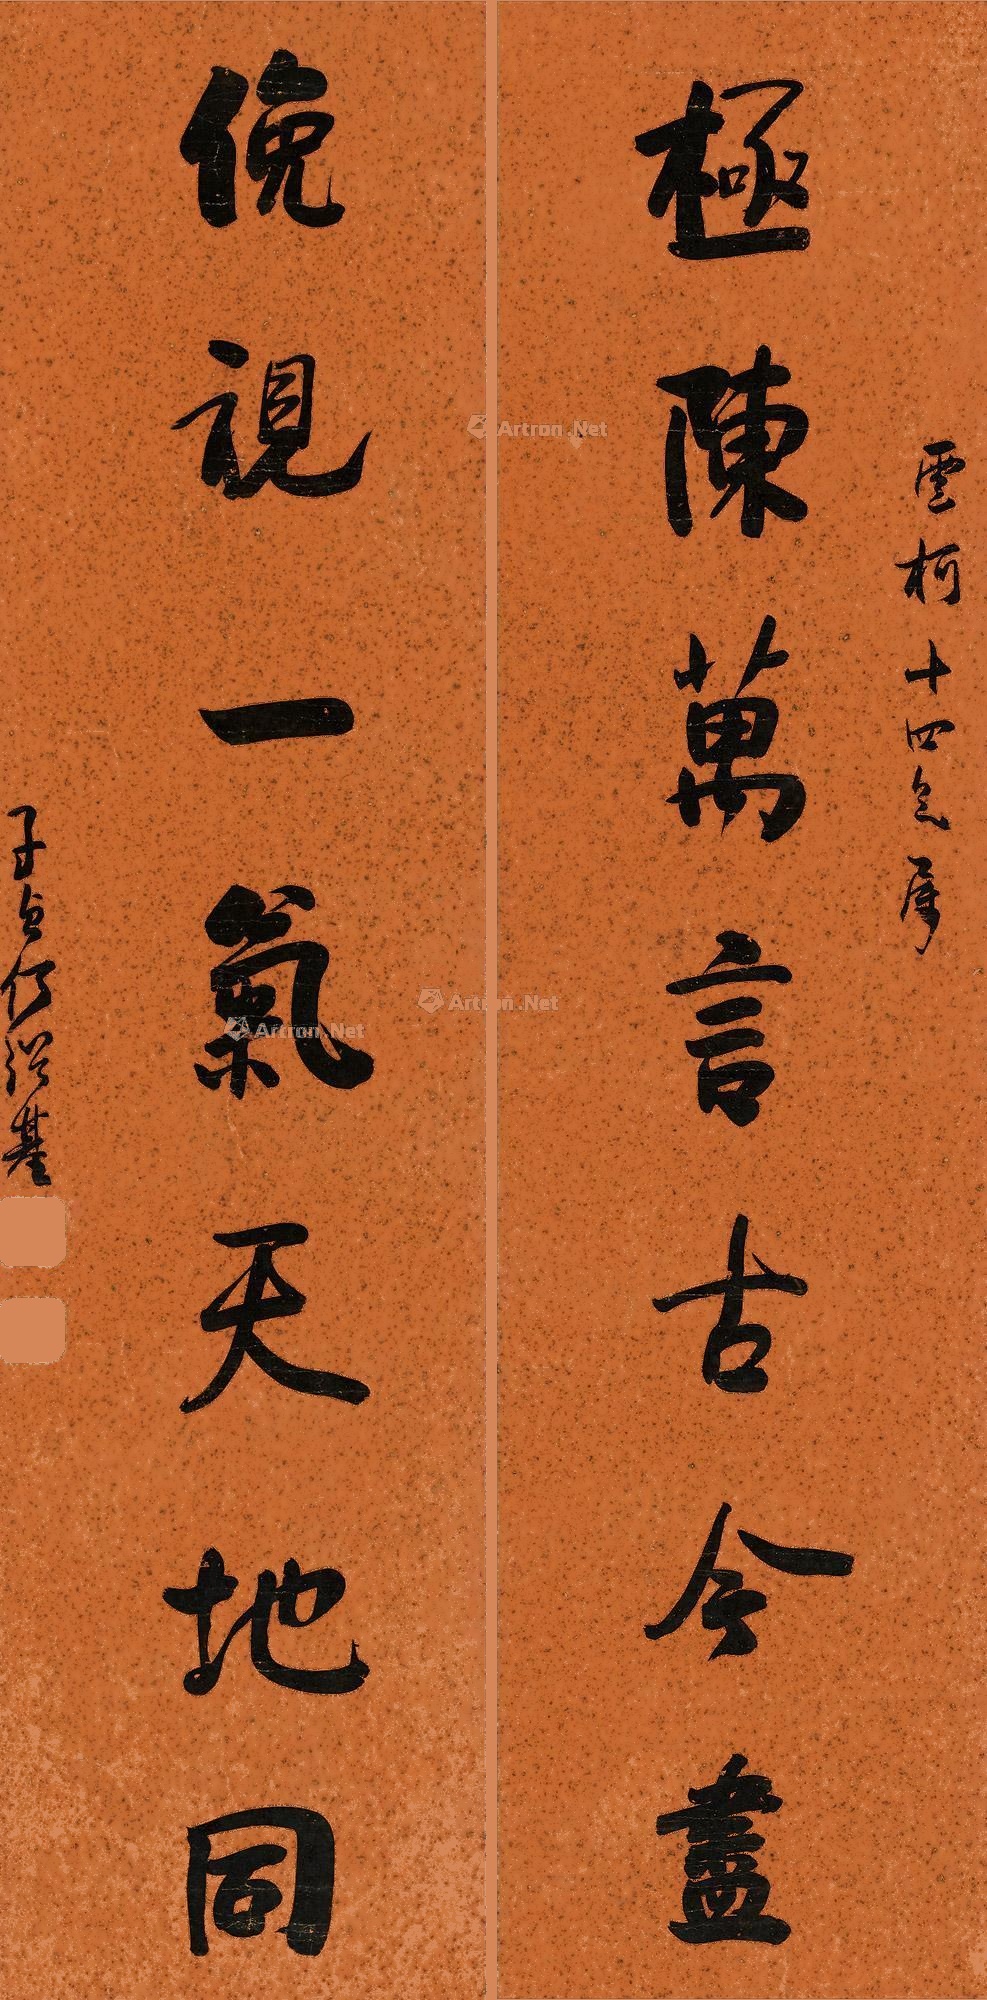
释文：极陈万言古今尽，俯视一气天地同。云柯十四兄属，子贞何绍基。